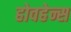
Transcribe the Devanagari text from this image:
होवहेन्स